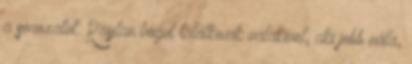
a sorozatot: Raylan végül találkozik valakivel, aki jobb nála,